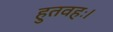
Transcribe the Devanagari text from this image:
हुतवहः।